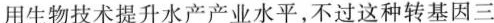
用生物技术提升水产产业水平，不过这种转基因三